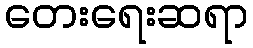
တေးရေးဆရာ